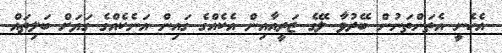
އެހެނީ އެތަންތަނުން ބޭރުވާ ލޭގެ ޒަރީއާއިން އެކެއްގެ ގައިން އަނެކެއްގެ ގަޔަށް ބަލިތައް